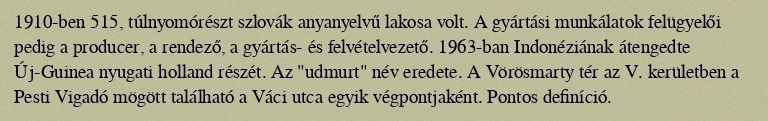
1910-ben 515, túlnyomórészt szlovák anyanyelvű lakosa volt. A gyártási munkálatok felügyelői pedig a producer, a rendező, a gyártás- és felvételvezető. 1963-ban Indonéziának átengedte Új-Guinea nyugati holland részét. Az "udmurt" név eredete. A Vörösmarty tér az V. kerületben a Pesti Vigadó mögött található a Váci utca egyik végpontjaként. Pontos definíció.